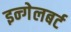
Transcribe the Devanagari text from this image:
इन्गेलबर्ट